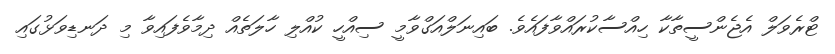
ޓްރެވަލް އެޖެންސީތާކާ ހިއްސާކުރައްވާފައެވެ. ބައިނަލްއަގްވާމީ ސިއްހީ ކުއްލި ހާލަތެއް ދިމާވެފައިވާ މި ދަނޑިވަޅުގައި